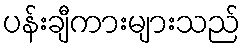
ပန်းချီကားများသည်